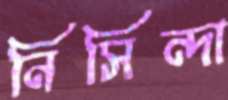
নিসিন্দা